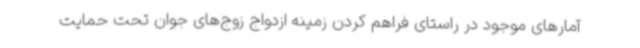
آمارهای موجود در راستای فراهم کردن زمینه ازدواج زوج‌های جوان تحت حمایت